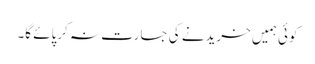
کوئی ہمیں خریدنے کی جسارت نہ کرپائے گا۔